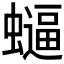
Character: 𮕂